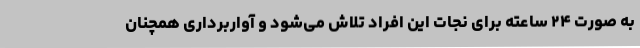
به صورت ٢۴ ساعته برای نجات این افراد تلاش می‌شود و آواربرداری همچنان